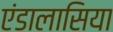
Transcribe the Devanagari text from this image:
एंडालासिया